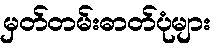
မှတ်တမ်းဓာတ်ပုံများ